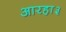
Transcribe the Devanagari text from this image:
आरहा३